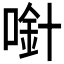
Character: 𱓼